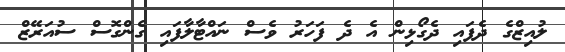
ލުއިޒްގެ ދެފައި ދެގޯޅިން އެ ދެ ފަހަރު ވެސް ނައްޓާލާފައި ގެންގޮސް ސުއަރޭޒް